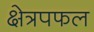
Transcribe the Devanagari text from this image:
क्षेत्रपफल